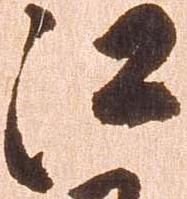
江